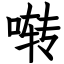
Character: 啭